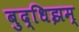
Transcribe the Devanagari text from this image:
बुद्धिझम्